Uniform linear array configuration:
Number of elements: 4
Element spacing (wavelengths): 0.75
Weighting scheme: exponential
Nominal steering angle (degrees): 60
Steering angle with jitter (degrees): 61.298
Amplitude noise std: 0.05
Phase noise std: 0.05

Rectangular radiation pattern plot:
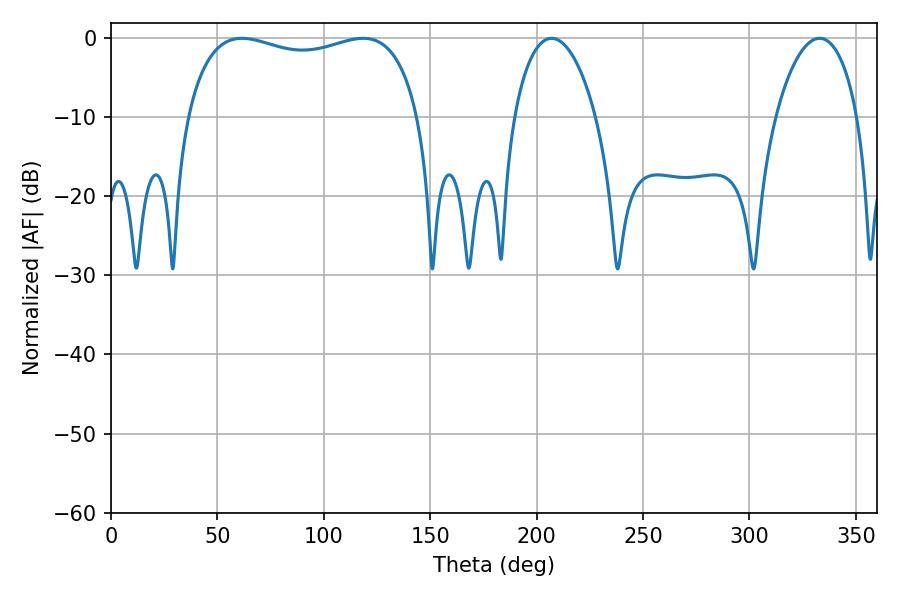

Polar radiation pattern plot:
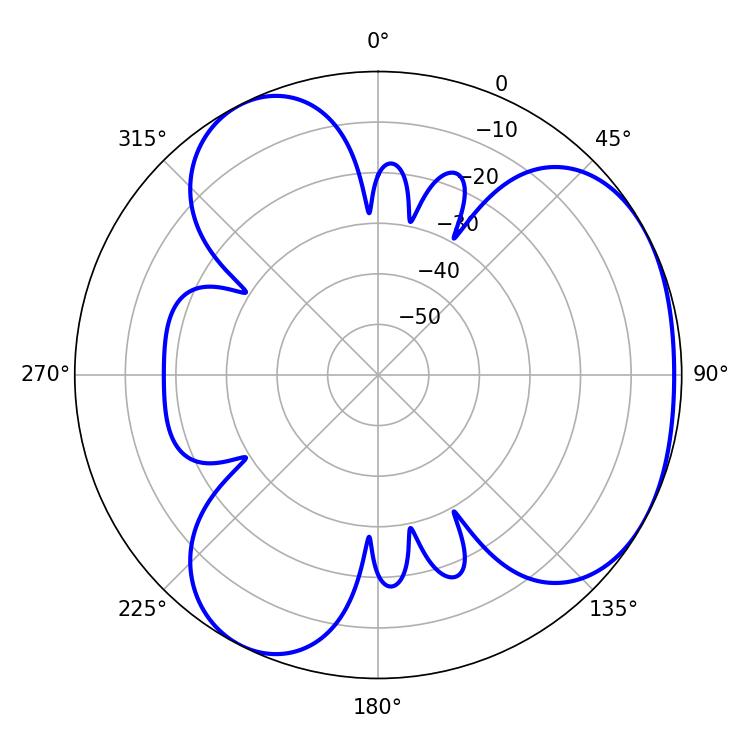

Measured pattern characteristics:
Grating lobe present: TRUE
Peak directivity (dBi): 3.664
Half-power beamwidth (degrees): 89.28
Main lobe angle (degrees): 61.56